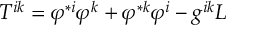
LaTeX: T ^ { i k } = \varphi ^ { \ast i } \varphi ^ { k } + \varphi ^ { \ast k } \varphi ^ { i } - g ^ { i k } L